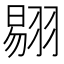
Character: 𰭤